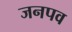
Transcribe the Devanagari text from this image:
जनपव